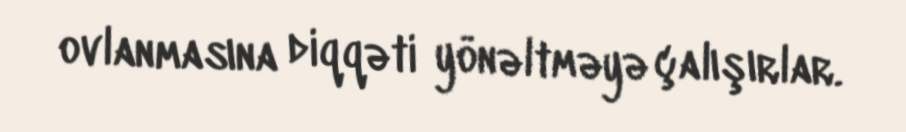
ovlanmasına diqqəti yönəltməyə çalışırlar.